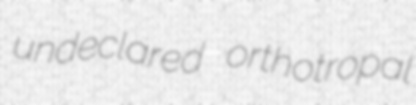
undeclared orthotropal